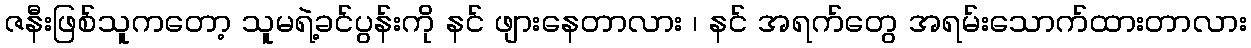
ဇနီးဖြစ်သူကတော့ သူမရဲ့ခင်ပွန်းကို နင် ဖျားနေတာလား ၊ နင် အရက်တွေ အရမ်းသောက်ထားတာလား